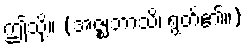
ဤသို့။ (အဇ္ဈဘာသိ၊ ရွတ်၏။)